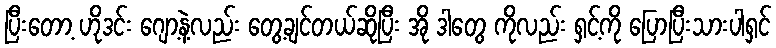
ပြီးတော့ ဟိုဒင်း ဂျော့နဲ့လည်း တွေ့ချင်တယ်ဆိုပြီး အို ဒါတွေ ကိုလည်း ရှင့်ကို ပြောပြီးသားပါရှင်